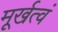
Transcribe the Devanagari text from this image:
मूर्खत्वं